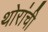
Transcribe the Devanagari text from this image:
थोरांची